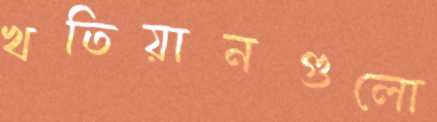
খতিয়ানগুলো